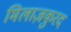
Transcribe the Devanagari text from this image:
मिलाज़कुरद